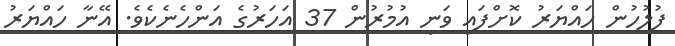
ފުލުހުން ހައްޔަރު ކޮށްފައި ވަނީ އުމުރުން 37 އަހަރުގެ އަންހެނެކެވެ. އޭނާ ހައްޔަރު